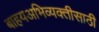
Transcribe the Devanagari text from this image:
बाहयअभिव्यक्‍तीसाठी